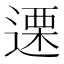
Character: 𮞶